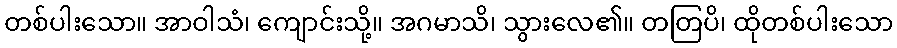
တစ်ပါးသော။ အာဝါသံ၊ ကျောင်းသို့။ အဂမာသိ၊ သွားလေ၏။ တတြပိ၊ ထိုတစ်ပါးသော